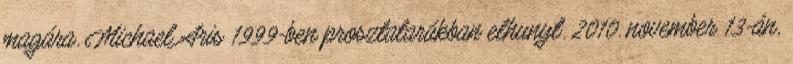
magára. Michael Aris 1999-ben prosztatarákban elhunyt. 2010. november 13-án,